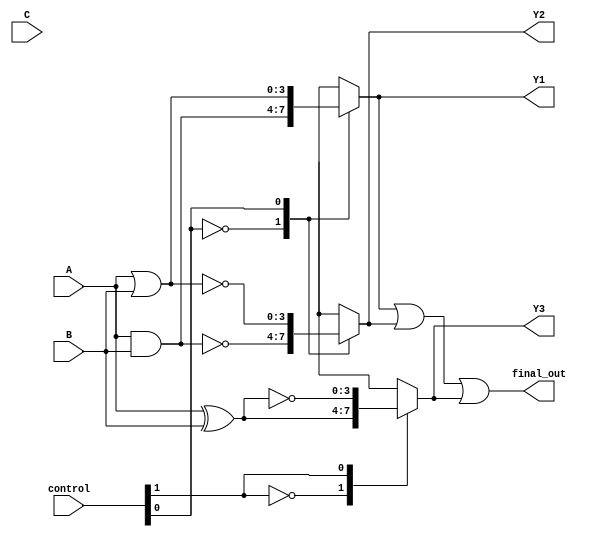
module adjacency_groups (
    input wire [3:0] A,          // Inputs for Group 1
    input wire [3:0] B,          // Inputs for Group 2
    input wire [3:0] C,          // Inputs for Group 3
    input wire [1:0] control,     // Control signals to select logic function
    output wire [3:0] Y1,        // Output from Group 1
    output wire [3:0] Y2,        // Output from Group 2
    output wire [3:0] Y3,        // Output from Group 3
    output wire [3:0] final_out   // Final output
);

// Group 1 Logic
wire [3:0] group1_out;
always @(*) begin
    case (control[0])
        1'b0: group1_out = A & B;  // AND operation
        1'b1: group1_out = A | B;  // OR operation
        default: group1_out = 4'b0000;
    endcase
end

assign Y1 = group1_out;

// Group 2 Logic
wire [3:0] group2_out;
always @(*) begin
    case (control[0])
        1'b0: group2_out = ~(A & B); // NAND operation
        1'b1: group2_out = ~(A | B); // NOR operation
        default: group2_out = 4'b0000;
    endcase
end

assign Y2 = group2_out;

// Group 3 Logic
wire [3:0] group3_out;
always @(*) begin
    case (control[1])
        1'b0: group3_out = A ^ B;   // XOR operation
        1'b1: group3_out = ~(A ^ B); // XNOR operation
        default: group3_out = 4'b0000;
    endcase
end

assign Y3 = group3_out;

// Final Output Logic
assign final_out = group1_out | group2_out | group3_out; // Combine outputs

endmodule